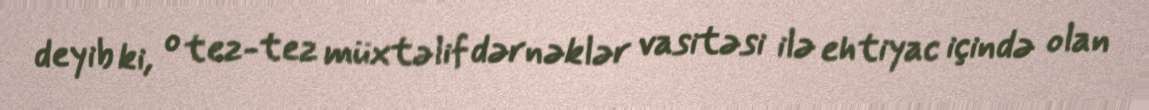
deyib ki, o tez-tez müxtəlif dərnəklər vasitəsi ilə ehtiyac içində olan